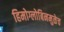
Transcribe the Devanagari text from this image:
हिमोग्लोबिनमुळेच